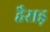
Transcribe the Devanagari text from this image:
हैराड़